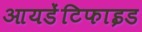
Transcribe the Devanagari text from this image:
आयडेंटिफाइड